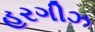
હરગીઝ